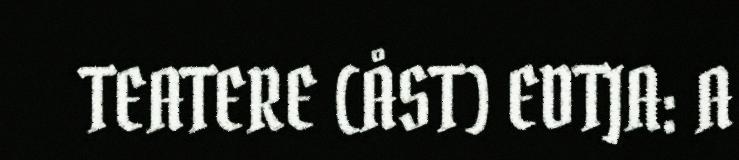
TEATERE (ÅST) EDTJA: A